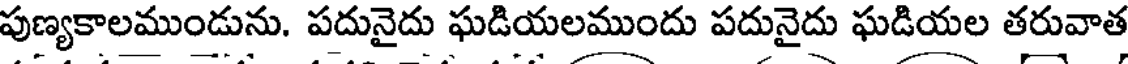
పుణ్యకాలముండును. పదునైదు ఘడియలముందు పదునైదు ఘడియల తరువాత